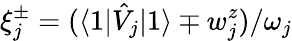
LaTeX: \xi_{j}^{\pm}=(\langle 1|\hat{V}_{j}|1\rangle\mp w_{j}^{z})/\omega_{j}